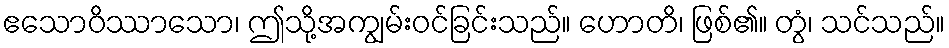
ဧသောဝိဿာသော၊ ဤသို့အကျွမ်းဝင်ခြင်းသည်။ ဟောတိ၊ ဖြစ်၏။ တွံ၊ သင်သည်။